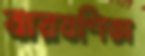
বারবণিতা